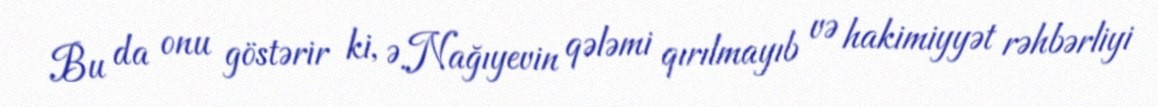
Bu da onu göstərir ki, Ə.Nağıyevin qələmi qırılmayıb və hakimiyyət rəhbərliyi